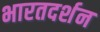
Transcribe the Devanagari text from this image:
भारतदर्शन